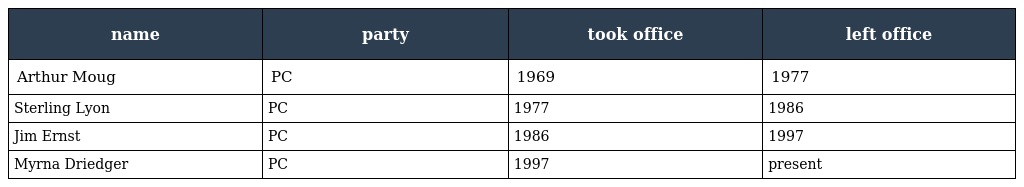
| name | party | took office | left office |
 | --- | --- | --- | --- |
 | Arthur Moug | PC | 1969 | 1977 |
 | Sterling Lyon | PC | 1977 | 1986 |
 | Jim Ernst | PC | 1986 | 1997 |
 | Myrna Driedger | PC | 1997 | present |